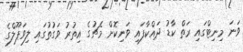
ވަނަ މިނިޓްގައި ރަތް ކާޑު ދައްކާފައި ވަނިކޮށް މެޗުގެ އިތުރު ވަގުތުގައި ލިވަޕޫލްގެ